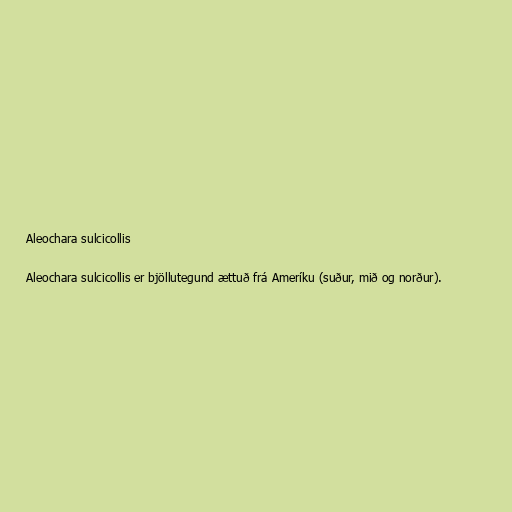
Aleochara sulcicollis

Aleochara sulcicollis er bjöllutegund ættuð frá Ameríku (suður, mið og norður).